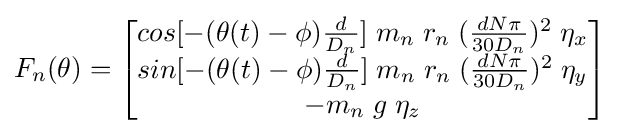
F_{n}(\theta )={\begin{bmatrix}{cos[-(\theta (t)-\phi ){\frac {d}{D_{n}}}]}\;m_{n}\;r_{n}\;({\frac {dN\pi }{30D_{n}}})^{2}\;\eta _{x}\\{sin[-(\theta (t)-\phi ){\frac {d}{D_{n}}}]}\;m_{n}\;r_{n}\;({\frac {dN\pi }{30D_{n}}})^{2}\;\eta _{y}\\-m_{n}\;g\;\eta _{z}\end{bmatrix}}